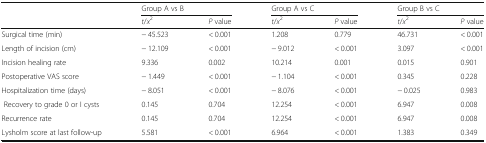
<table><thead><tr><td rowspan="2"></td><td colspan="2"><b>Group A vs B</b></td><td colspan="2"><b>Group A vs C</b></td><td colspan="2"><b>Group B vs C</b></td></tr><tr><td><b><i>t</i>/<i>x</i><sup>2</sup></b></td><td><b><i>P</i> value</b></td><td><b><i>t</i>/<i>x</i><sup>2</sup></b></td><td><b><i>P</i> value</b></td><td><b><i>t</i>/<i>x</i><sup>2</sup></b></td><td><b><i>P</i> value</b></td></tr></thead><tbody><tr><td>Surgical time (min)</td><td>− 45.523</td><td>&lt; 0.001</td><td>1.208</td><td>0.779</td><td>46.731</td><td>&lt; 0.001</td></tr><tr><td>Length of incision (cm)</td><td>− 12.109</td><td>&lt; 0.001</td><td>− 9.012</td><td>&lt; 0.001</td><td>3.097</td><td>&lt; 0.001</td></tr><tr><td>Incision healing rate</td><td>9.336</td><td>0.002</td><td>10.214</td><td>0.001</td><td>0.015</td><td>0.901</td></tr><tr><td>Postoperative VAS score</td><td>− 1.449</td><td>&lt; 0.001</td><td>− 1.104</td><td>&lt; 0.001</td><td>0.345</td><td>0.228</td></tr><tr><td>Hospitalization time (days)</td><td>− 8.051</td><td>&lt; 0.001</td><td>− 8.076</td><td>&lt; 0.001</td><td>− 0.025</td><td>0.983</td></tr><tr><td>Recovery to grade 0 or I cysts</td><td>0.145</td><td>0.704</td><td>12.254</td><td>&lt; 0.001</td><td>6.947</td><td>0.008</td></tr><tr><td>Recurrence rate</td><td>0.145</td><td>0.704</td><td>12.254</td><td>&lt; 0.001</td><td>6.947</td><td>0.008</td></tr><tr><td>Lysholm score at last follow-up</td><td>5.581</td><td>&lt; 0.001</td><td>6.964</td><td>&lt; 0.001</td><td>1.383</td><td>0.349</td></tr></tbody></table>